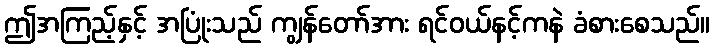
ဤအကြည့်နှင့် အပြုံးသည် ကျွန်တော်အား ရင်ဝယ်နင့်ကနဲ ခံစားစေသည်။